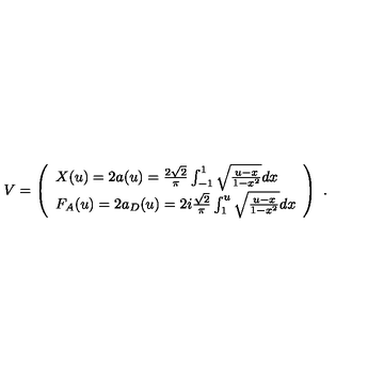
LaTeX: V = \left( \begin{array} { l } { X ( u ) = 2 a ( u ) = \frac { 2 \sqrt { 2 } } { \pi } \int _ { - 1 } ^ { 1 } \sqrt { \frac { u - x } { 1 - x ^ { 2 } } } d x } \\ { F _ { A } ( u ) = 2 a _ { D } ( u ) = 2 i \frac { \sqrt { 2 } } { \pi } \int _ { 1 } ^ { u } \sqrt { \frac { u - x } { 1 - x ^ { 2 } } } d x } \\ \end{array} \right) \ .